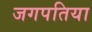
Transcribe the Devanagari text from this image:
जगपतिया